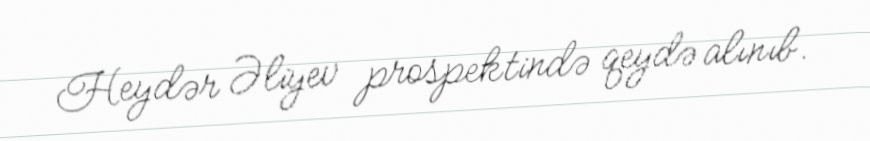
Heydər Əliyev prospektində qeydə alınıb.